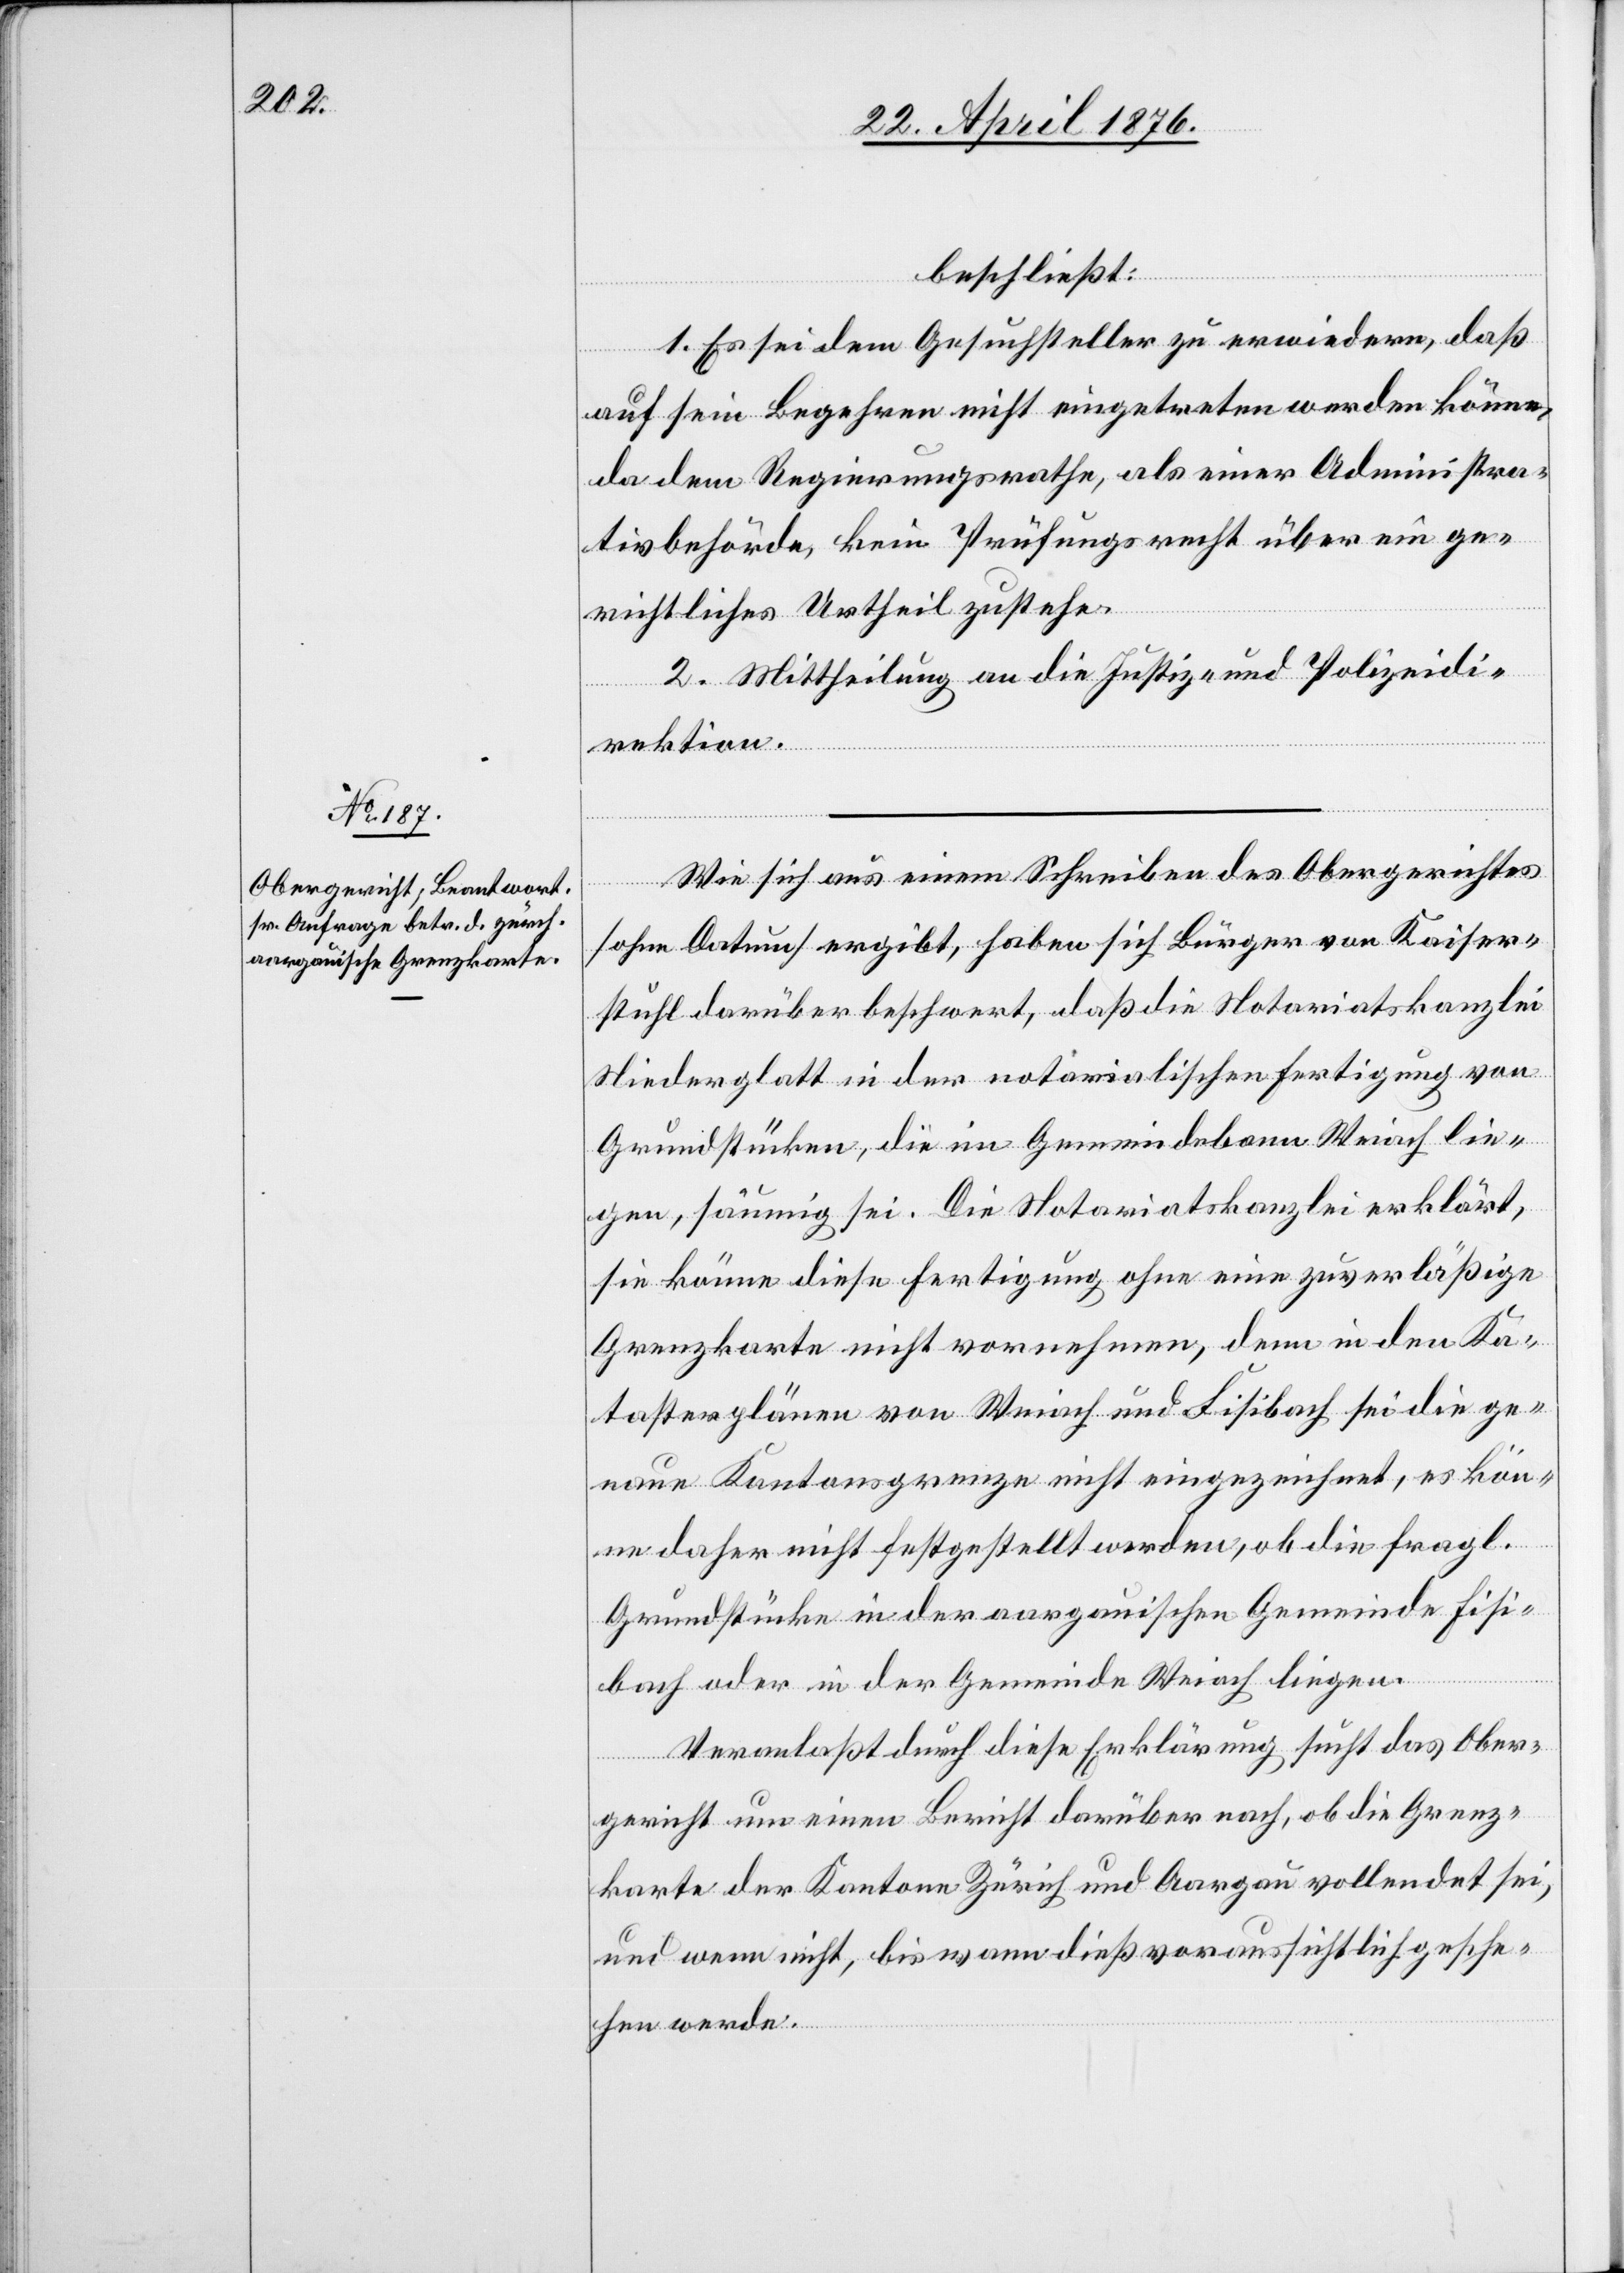
beschließt:
1. Es sei dem Gesuchsteller zu erwiedern, daß
auf sein Begehren nicht eingetreten werden könne,
da dem Regierungsrathe, als einer Administra¬
tivbehörde, kein Prüfungsrecht über ein ge¬
richtliches Urtheil zustehe.
2. Mittheilung an die Justiz- und Polizeidi¬
rektion.
Wie sich aus einem Schreiben des Obergerichtes
[ohne Datum] ergibt, haben sich Bürger von Kaiser¬
stuhl darüber beschwert, daß die Notariatskanzlei
Niederglatt in der notarialischen Fertigung von
Grundstücken, die im Gemeindebann Weiach lie¬
gen, säumig sei. Die Notariatskanzlei erklärt,
sie könne diese Fertigung ohne eine zuverläßige
Grenzkarte nicht vornehmen, denn in den Ka¬
tasterplänen von Weiach und Fisibach sei die ge¬
naue Kantonsgrenze nicht eingezeichnet, es kön¬
ne daher nicht festgestellt werden, ob die fragl.
Grundstücke in der aargauischen Gemeinde Fisi¬
bach oder in der Gemeinde Weiach liegen.
Veranlaßt durch diese Erklärung sucht das Ober¬
gericht um einen Bericht darüber nach, ob die Grenz¬
karte der Kantone Zürich und Aargau vollendet sei,
und wenn nicht, bis wann dies voraussichtlich gesche¬
hen werde.